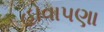
હોવાપણા